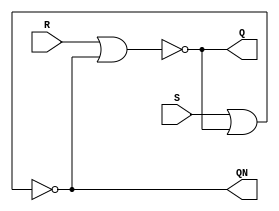
module SRLatch(
     Q, QN, R, S
);

input R, S;

output Q, QN;

nor nor1(Q, R, QN);
nor nor2(QN, S, Q);

endmodule